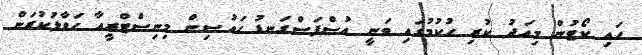
ހައި ކޯޓުން މިއަދު ކުރި ހުކުމުގައި ވަނީ އުސްފަސްގަނޑު ހައުސިން މިނިސްޓްރީއާ ހަވާލުކުރަން